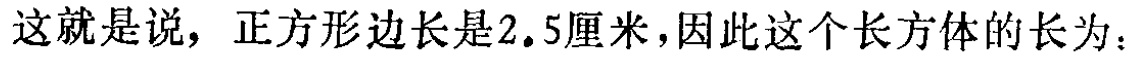
这就是说，正方形边长是2.5厘米，因此这个长方体的长为：